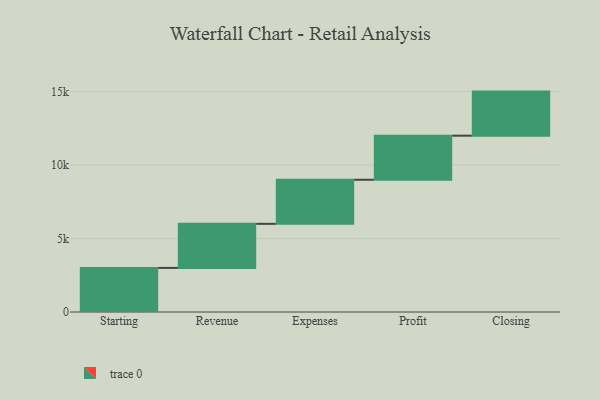
{"axis": {"x": "Step", "y": "Value"}, "legend": [""], "data": [{"x": "Starting", "y": 3000, "type": ""}, {"x": "Revenue", "y": 3000, "type": ""}, {"x": "Expenses", "y": 3000, "type": ""}, {"x": "Profit", "y": 3000, "type": ""}, {"x": "Closing", "y": 3000, "type": ""}]}